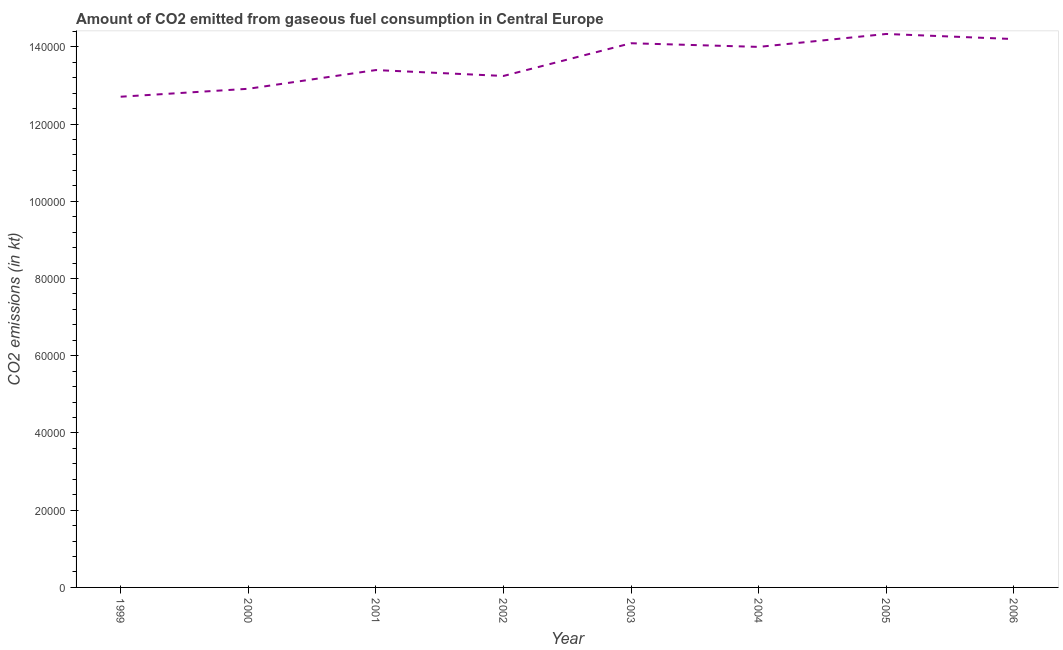
| Year | CO2 emissions from gaseous fuel consumption |
 | --- | --- |
 | 1999 | 1.27e+05 |
 | 2000 | 1.29e+05 |
 | 2001 | 1.34e+05 |
 | 2002 | 1.32e+05 |
 | 2003 | 1.41e+05 |
 | 2004 | 1.4e+05 |
 | 2005 | 1.43e+05 |
 | 2006 | 1.42e+05 |